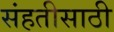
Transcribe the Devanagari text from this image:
संहतीसाठी